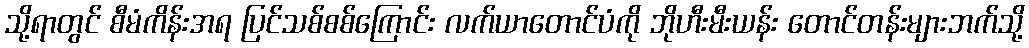
သို့ရာတွင် စီမံကိန်းအရ ပြင်သစ်စစ်ကြောင်း လက်ယာတောင်ပံကို ဘိုဟီးမီးယန်း တောင်တန်းများဘက်သို့